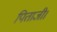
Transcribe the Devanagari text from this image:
पिताजी।